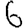
Digit: 6